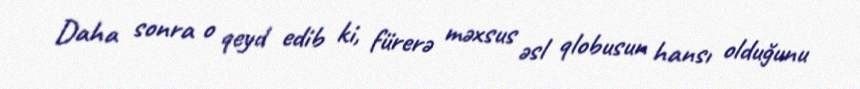
Daha sonra o qeyd edib ki, fürerə məxsus əsl qlobusun hansı olduğunu